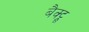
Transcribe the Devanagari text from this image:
बैक्ट्रू